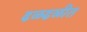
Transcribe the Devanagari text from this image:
ढळढळीत